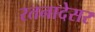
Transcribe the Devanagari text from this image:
रतनादेसर